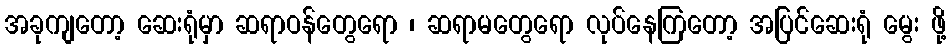
အခုကျတော့ ဆေးရုံမှာ ဆရာဝန်တွေရော ၊ ဆရာမတွေရော လုပ်နေကြတော့ အပြင်ဆေးရုံ မွေး ဖို့